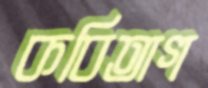
কবিতাগ